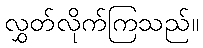
လွှတ်လိုက်ကြသည်။